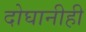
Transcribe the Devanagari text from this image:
दोघानीही